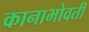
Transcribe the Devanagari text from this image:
कानाभोवती